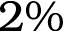
2 \%